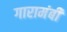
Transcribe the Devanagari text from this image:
गारामंबी